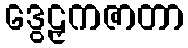
ဒွေဠှကဇာတာ